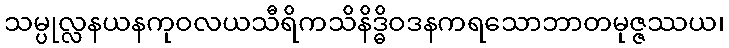
သမ္ပုလ္လနယနကုဝလယသီရိကသိနိဒ္ဓိဝဒနကရသောဘာတမုဇ္ဇဿယ၊